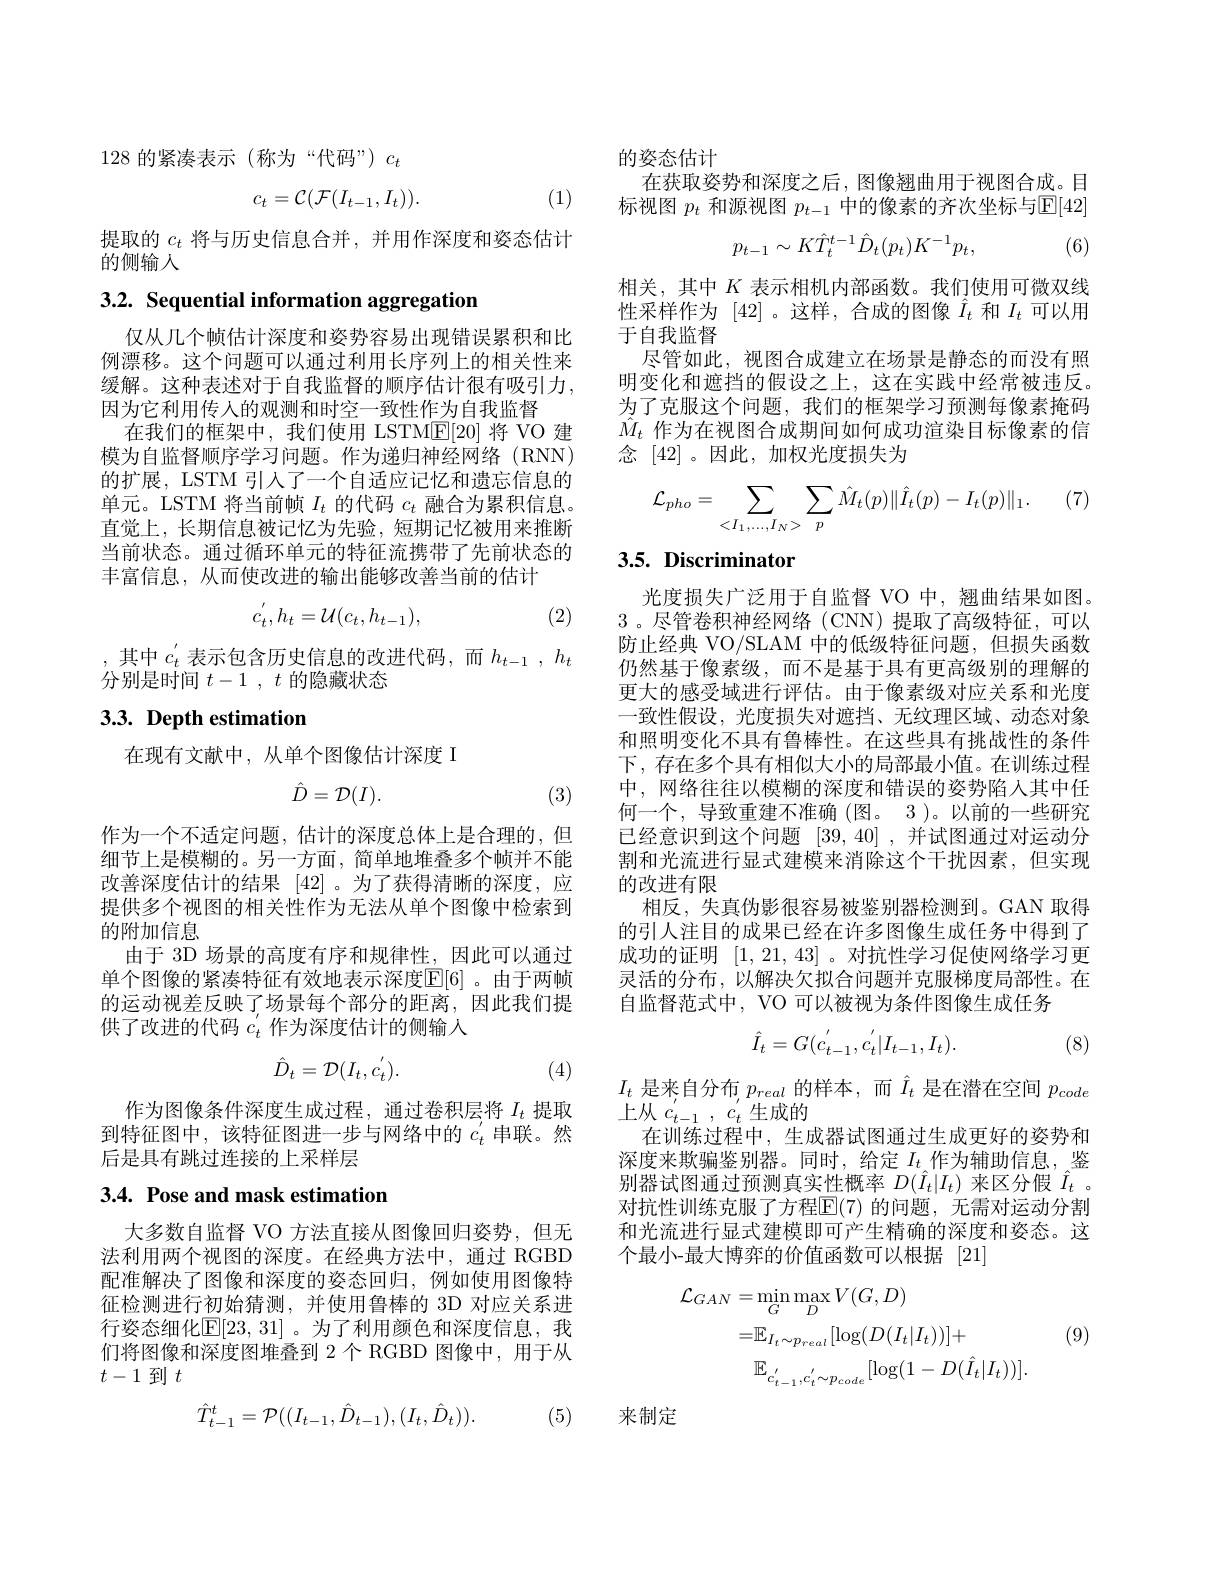
128的紧凑表示(称为“代码”)$c_t$
$$c_t=\mathcal{C}(\mathcal{F}(I_{t-1},I_t)).$$
(1)

提取的$c_t$将与历史信息合并，并用作深度和姿态估计
的侧输入

3.2. Sequential information aggregation

仅从几个帧估计深度和姿势容易出现错误累积和比例漂移。这个问题可以通过利用长序列上的相关性来缓解。这种表述对于自我监督的顺序估计很有吸引力， 因为它利用传入的观测和时空一致性作为自我监督
在我们的框架中，我们使用 LSTM$\underline{\mathrm{E}}[20]$将 VO 建模为自监督顺序学习问题。作为递归神经网络(RNN) 的扩展，LSTM 引人了一个自适应记忆和遗忘信息的单元。LSTM 将当前帧$I_t$的代码$c_t$融合为累积信息。直觉上，长期信息被记忆为先验，短期记忆被用来推断当前状态。通过循环单元的特征流携带了先前状态的丰富信息，从而使改进的输出能够改善当前的估计
$$c_t',h_t=\mathcal{U}(c_t,h_{t-1}),$$
(2)

,其中$c_t^{\prime}$表示包含历史信息的改进代码，而$h_t-1,h_t$
分别是时间$t- 1$ , $t$的隐藏状态

## 3.3. Depth estimation

在现有文献中，从单个图像估计深度 I
$$\hat{D}=\mathcal{D}(I).$$
(3)

作为一个不适定问题，估计的深度总体上是合理的，但细节上是模糊的。另一方面，简单地堆叠多个帧并不能改善深度估计的结果[42] 。为了获得清晰的深度，应提供多个视图的相关性作为无法从单个图像中检索到的附加信息
由于 3D 场景的高度有序和规律性，因此可以通过单个图像的紧凑特征有效地表示深度$\mathbb{E}[6]$ 。由于两帧的运动视差反映了场景每个部分的距离，因此我们提供了改进的代码$c_t^{\prime}$作为深度估计的侧输人
$$\hat{D}_t=\mathcal{D}(I_t,c_t^{'}).$$
(4)

作为图像条件深度生成过程，通过卷积层将$I_t$提取到特征图中，该特征图进一步与网络中的$c_t^{\prime}$串联。然后是具有跳过连接的上采样层

## 3.4. Pose and mask estimation

大多数自监督 VO 方法直接从图像回归姿势，但无法利用两个视图的深度。在经典方法中，通过 RGBD 配准解决了图像和深度的姿态回归，例如使用图像特征检测进行初始猜测，并使用鲁棒的 3D 对应关系进行姿态细化[E[23,31] 。为了利用颜色和深度信息，我们将图像和深度图堆叠到 2个 RGBD 图像中，用于从$t-1$到$t$
$$\hat{T}_{t-1}^t=\mathcal{P}((I_{t-1},\hat{D}_{t-1}),(I_t,\hat{D}_t)).$$
(5)

的姿态估计
在获取姿势和深度之后，图像翘曲用于视图合成。目标视图$p_t$和源视图$p_t-1$中的像素的齐次坐标与$\mathbb{E}[42]$
$$p_{t-1}\sim K\hat{T}_{t}^{t-1}\hat{D}_{t}(p_{t})K^{-1}p_{t},$$
(6)

相关，其中$K$表示相机内部函数。我们使用可微双线性采样作为[42] 。这样，合成的图像$\hat{I}_t$和$I_t$可以用于自我监督
尽管如此，视图合成建立在场景是静态的而没有照明变化和遮挡的假设之上，这在实践中经常被违反。为了克服这个问题，我们的框架学习预测每像素掩码$\hat{M}_t$作为在视图合成期间如何成功渲染目标像素的信念 [42]。因此，加权光度损失为

(7)
$$\mathcal{L}_{pho}=\sum\limits_{<I_1,...,I_N>}\sum\limits_{p}\hat{M}_t(p)\|\hat{I}_t(p)-I_t(p)\|_1.$$
## 3.5. Discriminator

光度损失广泛用于自监督 VO 中，翘曲结果如图。3 。尽管卷积神经网络 (CNN)提取了高级特征，可以防止经典 VO/SLAM 中的低级特征问题，但损失函数仍然基于像素级，而不是基于具有更高级别的理解的更大的感受域进行评估。由于像素级对应关系和光度一致性假设，光度损失对遮挡、无纹理区域、动态对象和照明变化不具有鲁棒性。在这些具有挑战性的条件下，存在多个具有相似大小的局部最小值。在训练过程中，网络往往以模糊的深度和错误的姿势陷入其中任何一个，导致重建不准确(图。3)。以前的一些研究已经意识到这个问题[39,40] ,并试图通过对运动分割和光流进行显式建模来消除这个干扰因素，但实现的改进有限
相反，失真伪影很容易被鉴别器检测到。GAN 取得的引人注目的成果已经在许多图像生成任务中得到了成功的证明[1,21,43]。对抗性学习促使网络学习更灵活的分布，以解决欠拟合问题并克服梯度局部性。在自监督范式中，VO 可以被视为条件图像生成任务
$$\hat{I}_{t}=G(c_{t-1}^{'},c_{t}^{'}|I_{t-1},I_{t}).$$
(8)

$I_t$是来自分布$p_real$的样本，而$\hat{I}_t$是在潜在空间$p_code$
上从 $c_{t-1}^{'},~c_{t}^{'}$生成的
在训练过程中，生成器试图通过生成更好的姿势和深度来欺骗鉴别器。同时，给定$I_t$作为辅助信息，鉴别器试图通过预测真实性概率$D(\hat{I}_t|I_t)$来区分假$\hat{I}_t$ 。对抗性训练克服了方程$\overline{\mathrm{E}}(7)$ 的问题，无需对运动分割和光流进行显式建模即可产生精确的深度和姿态。这个最小-最大博弈的价值函数可以根据[21]
$$\begin{aligned}\mathcal{L}_{GAN}&=\operatorname*{min}_{G}\operatorname*{max}_{D}V(G,D)\\&=\mathbb{E}_{I_{t}\sim p_{real}}[\log(D(I_{t}|I_{t}))]+\\&\mathbb{E}_{c_{t-1}^{'},c_{t}^{'}\sim p_{code}}[\log(1-D(\hat{I}_{t}|I_{t}))].\end{aligned}$$
(9)

来制定